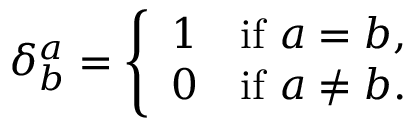
\delta _ { b } ^ { a } = { \left\{ \begin{array} { l l } { 1 } & { { \mathrm { i f ~ } } a = b , } \\ { 0 } & { { \mathrm { i f ~ } } a \neq b . } \end{array} \right. }